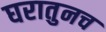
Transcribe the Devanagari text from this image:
घरातुनच